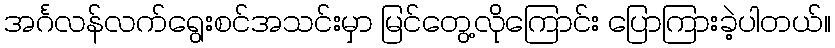
အင်္ဂလန်လက်ရွေးစင်အသင်းမှာ မြင်တွေ့လိုကြောင်း ပြောကြားခဲ့ပါတယ်။